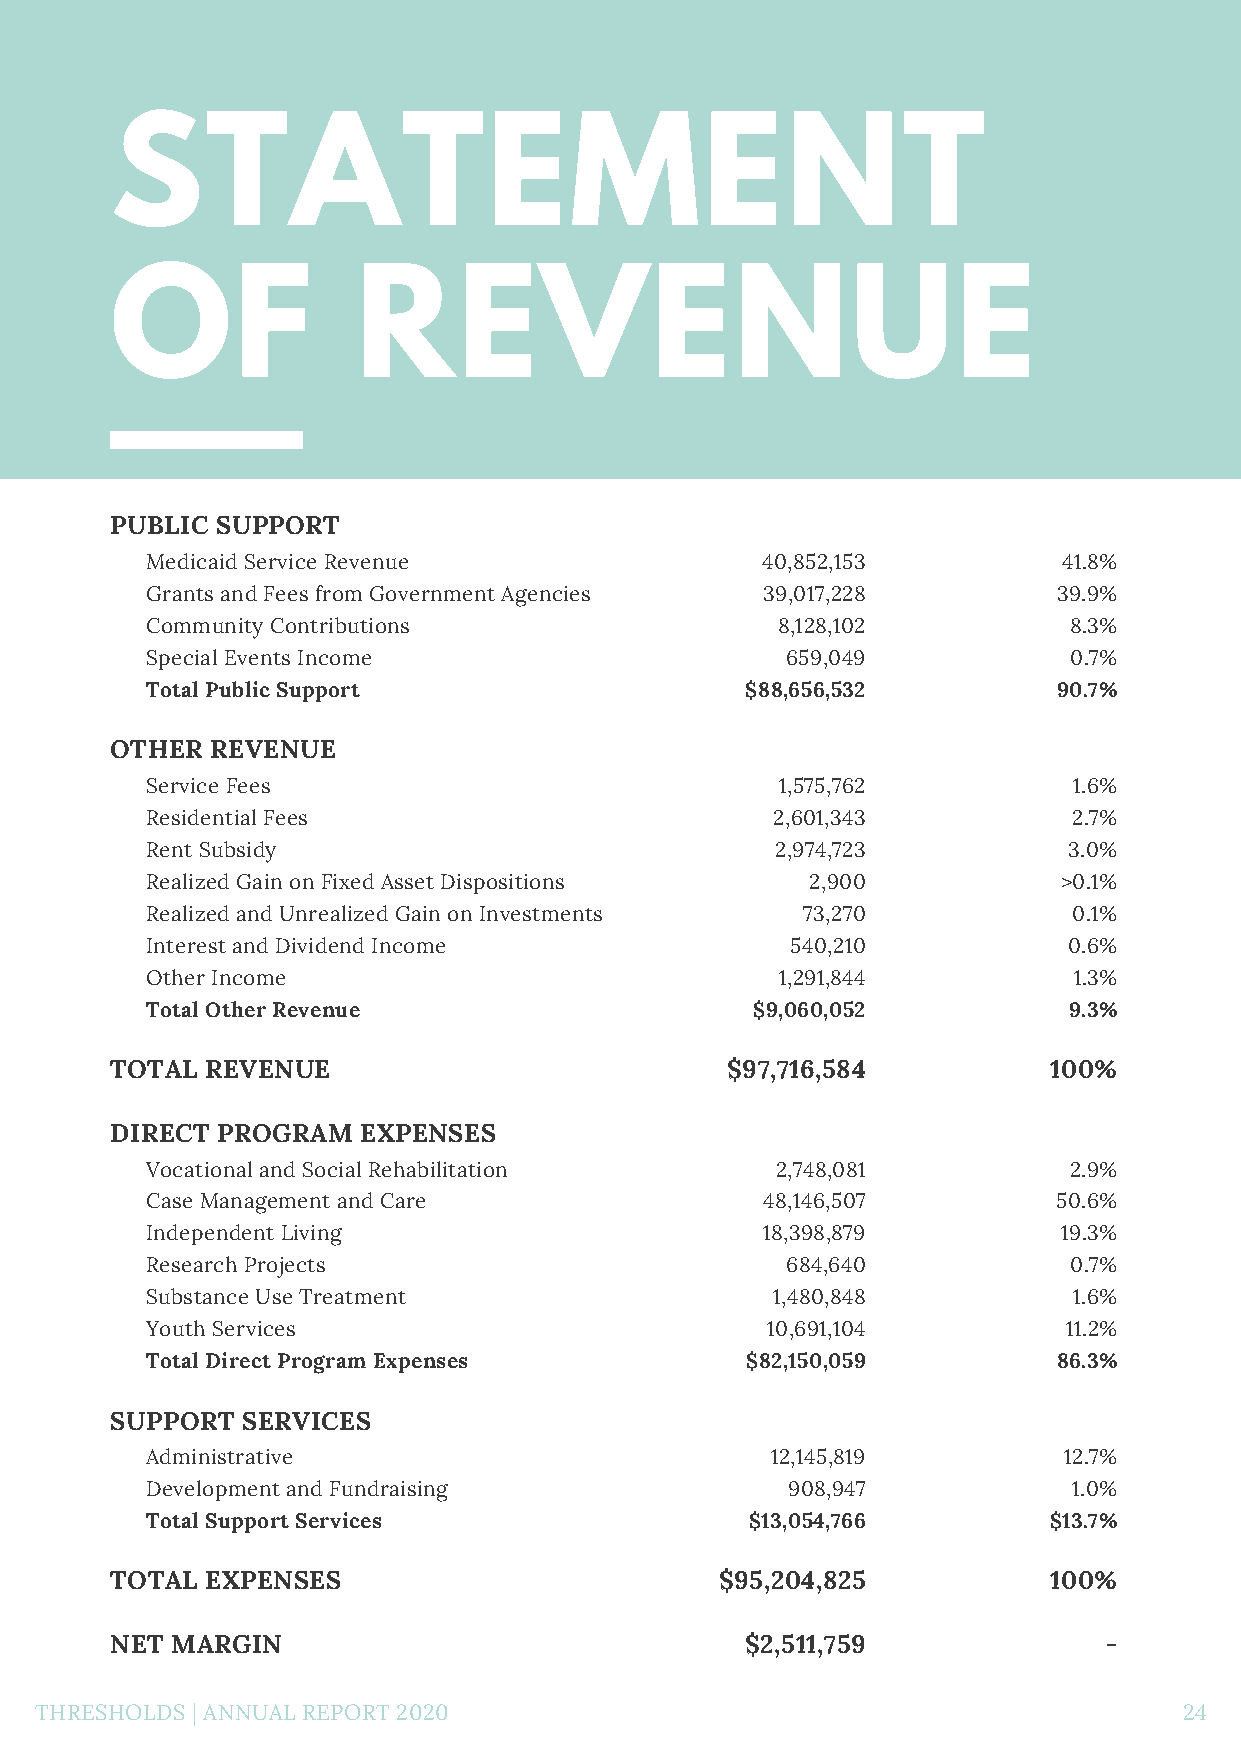
STATEMENT
 OF               REVENUE
 PUBLIC SUPPORT
 Medicaid Service Revenue                40,852,153          41.8%
 Grants and Fees from Government Agencies 39,017,228         39.9%
 Community Contributions                  8,128,102           8.3%
 Special Events Income                     659,049            0.7%
 Total Public Support                   $88,656,532          90.7%
 OTHER  REVENUE
 Service Fees                              1,575,762          1.6%
 Residential Fees                         2,601,343           2.7%
 Rent Subsidy                             2,974,723           3.0%
 Realized Gain on Fixed Asset Dispositions   2,900           >0.1%
 Realized and Unrealized Gain on Investments 73,270           0.1%
 Interest and Dividend Income              540,210            0.6%
 Other Income                              1,291,844          1.3%
 Total Other Revenue                     $9,060,052           9.3%
 TOTAL  REVENUE                           $97,716,584           100%
 DIRECT PROGRAM   EXPENSES
 Vocational and Social Rehabilitation     2,748,081           2.9%
 Case Management and Care                 48,146,507         50.6%
 Independent Living                       18,398,879         19.3%
 Research Projects                         684,640            0.7%
 Substance Use Treatment                  1,480,848           1.6%
 Youth Services                           10,691,104          11.2%
 Total Direct Program Expenses          $82,150,059          86.3%
 SUPPORT  SERVICES
 Administrative                           12,145,819         12.7%
 Development and Fundraising               908,947            1.0%
 Total Support Services                  $13,054,766        $13.7%
 TOTAL  EXPENSES                          $95,204,825           100%
 NET MARGIN                                $2,511,759              -
 THRESHOLDS | ANNUAL REPORT 2020                                             24